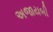
અજાયબી